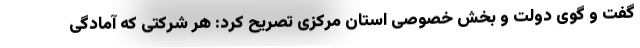
گفت و گوی دولت و بخش خصوصی استان مرکزی تصریح کرد: هر شرکتی که آمادگی